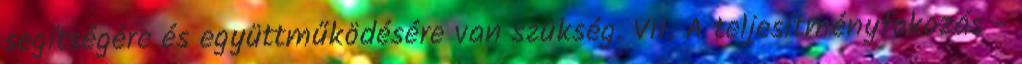
segítségére és együttműködésére van szükség. VII. A teljesítményfokozás -